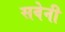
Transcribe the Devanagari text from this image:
सवेनी